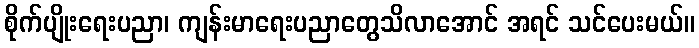
စိုက်ပျိုးရေးပညာ၊ ကျန်းမာရေးပညာတွေသိလာအောင် အရင် သင်ပေးမယ်။